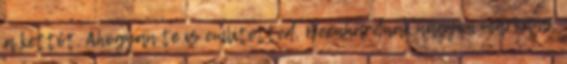
a kettőt. Ahogyan te is említetted, Bernhardnak nagyon markáns,